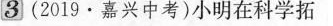
3(2019·嘉兴中考)小明在科学拓